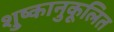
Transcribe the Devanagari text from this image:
शु्ष्कानुकूलित